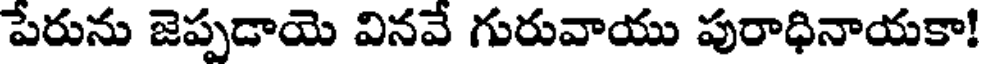
పేరును జెప్పడాయె వినవే గురువాయు పురాధినాయకా!